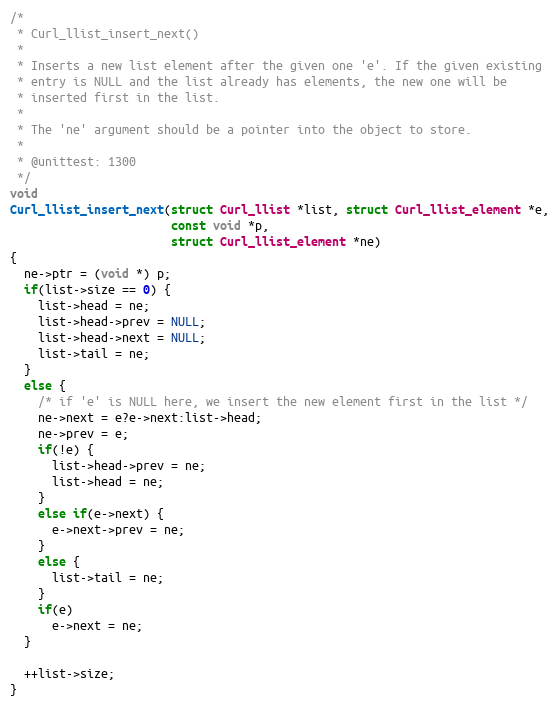
Language: C
/*
 * Curl_llist_insert_next()
 *
 * Inserts a new list element after the given one 'e'. If the given existing
 * entry is NULL and the list already has elements, the new one will be
 * inserted first in the list.
 *
 * The 'ne' argument should be a pointer into the object to store.
 *
 * @unittest: 1300
 */
void
Curl_llist_insert_next(struct Curl_llist *list, struct Curl_llist_element *e,
                       const void *p,
                       struct Curl_llist_element *ne)
{
  ne->ptr = (void *) p;
  if(list->size == 0) {
    list->head = ne;
    list->head->prev = NULL;
    list->head->next = NULL;
    list->tail = ne;
  }
  else {
    /* if 'e' is NULL here, we insert the new element first in the list */
    ne->next = e?e->next:list->head;
    ne->prev = e;
    if(!e) {
      list->head->prev = ne;
      list->head = ne;
    }
    else if(e->next) {
      e->next->prev = ne;
    }
    else {
      list->tail = ne;
    }
    if(e)
      e->next = ne;
  }

  ++list->size;
}